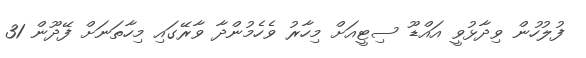
ފުލުހުން ވިދާޅުވީ އައްޑޫ ސިޓީއަށް މިހާރު ވެހެމުންދާ ވާރޭގައި މިހާތަނަށް ފޭދޫން 31